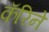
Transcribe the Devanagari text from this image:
कॅरिने